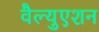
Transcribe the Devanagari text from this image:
वैल्युएशन